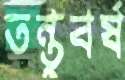
তন্তুবর্ষ